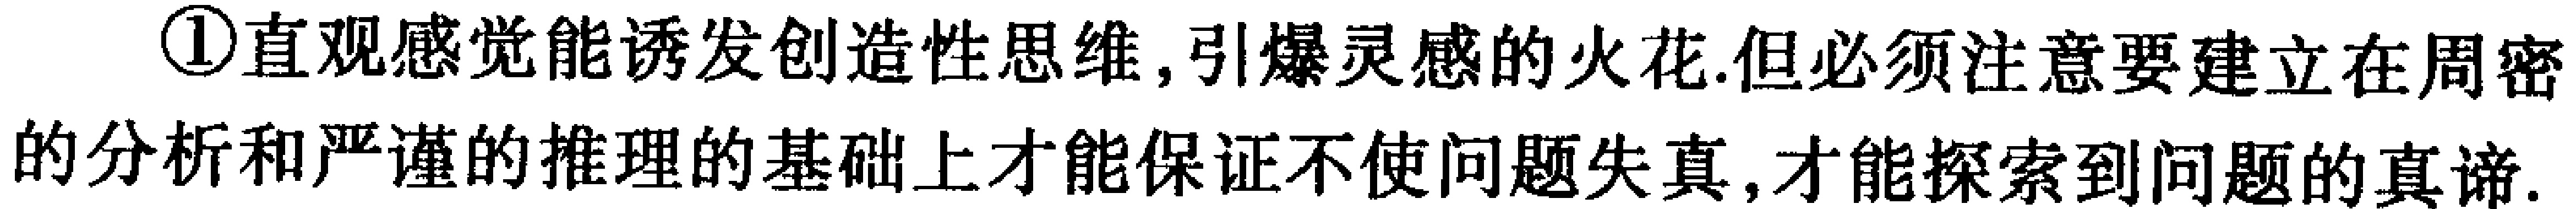
\textcircled{1}直观感觉能诱发创造性思维, 引爆灵感的火花.但必须注意要建立在周密的分析和严谨的推理的基础上才能保证不使问题失真, 才能探索到问题的真谛.